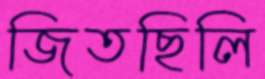
জিতছিলি